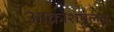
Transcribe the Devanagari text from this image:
आक्रोशमूलक